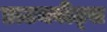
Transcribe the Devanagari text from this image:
डाउनबीट्स